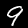
Digit: 9